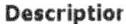
DESCRIPTIOR